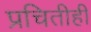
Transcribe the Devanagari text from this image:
प्रचितीही